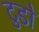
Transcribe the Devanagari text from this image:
टुडो